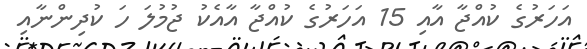
އަހަރުގެ ކުއްޖާ އާއި 15 އަހަރުގެ ކުއްޖާ އާއެކު ޖުމުލަ ހަ ކުދިންނާއި